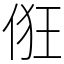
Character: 俇